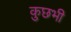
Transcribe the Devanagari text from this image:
कुछभी